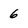
Character: 6